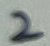
Text: 2